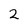
Character: 2